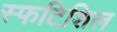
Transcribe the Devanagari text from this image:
स्फटिशिल